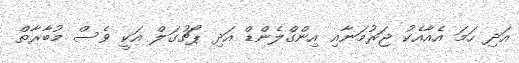
އަދި ހަމަ އެއާއެކު ޖަރުމަނާއި އިންގްލެންޑް އަދި ޕޯޗުގަލް އަކީ ވެސް މުބާރާތް